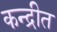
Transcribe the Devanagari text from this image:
कन्द्रीत